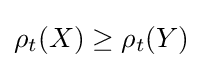
\rho _{t}(X)\geq \rho _{t}(Y)